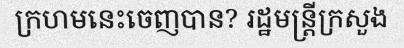
ក្រហមនេះចេញបាន? រដ្ឋមន្ត្រីក្រសួង